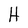
Character: H